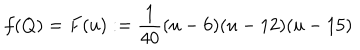
f ( Q ) = F ( u ) : = \frac { 1 } { 4 0 } ( u - 6 ) ( u - 1 2 ) ( u - 1 5 )